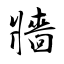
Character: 牆